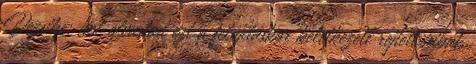
Dezsike: hol olvastad ezt a felújításkor keletkezett rejtett hibát,